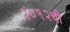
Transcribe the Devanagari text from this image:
२०१२ची